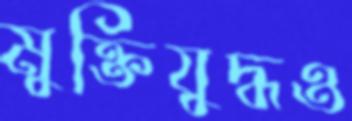
মুক্তিযুদ্ধও